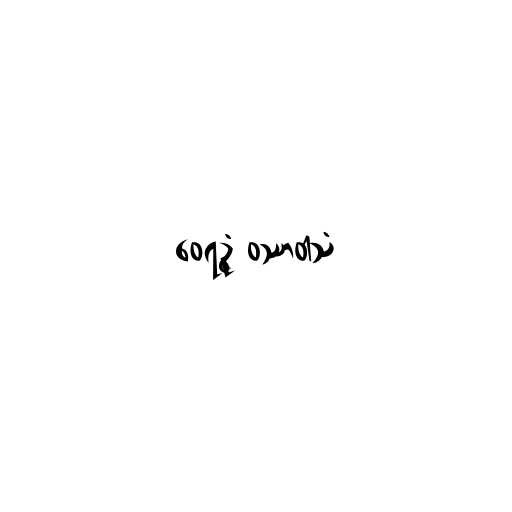
ဝေရဉ္ဇံ ဝဿာဝါသံ